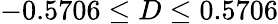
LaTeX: -0.5706\leq D\leq 0.5706